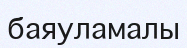
баяуламалы